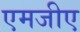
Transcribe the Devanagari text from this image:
एमजीए